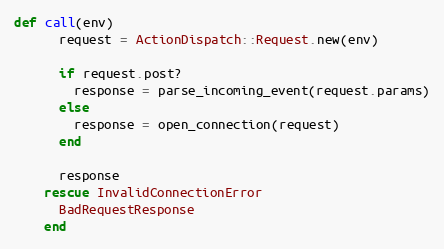
Language: Ruby
def call(env)
      request = ActionDispatch::Request.new(env)

      if request.post?
        response = parse_incoming_event(request.params)
      else
        response = open_connection(request)
      end

      response
    rescue InvalidConnectionError
      BadRequestResponse
    end